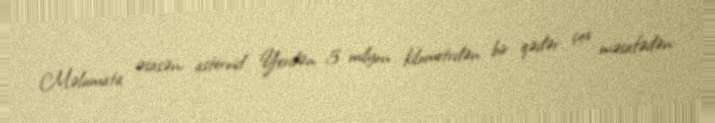
Məlumata əsasən, asteroid Yerdən 5 milyon kilometrdən bir qədər çox məsafədən